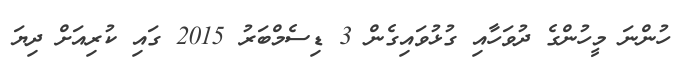
ހުންނަ މީހުންގެ ދުވަހާއި ގުޅުވައިގެން 3 ޑިސެމްބަރު 2015 ގައި ކުރިއަށް ދިޔަ